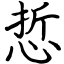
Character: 悊